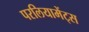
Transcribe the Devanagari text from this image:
परलियामेंट्स